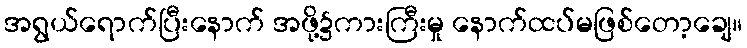
အရွယ်ရောက်ပြီးနောက် အဖို့၌ကားကြီးမှု နောက်ထပ်မဖြစ်တော့ချေ။